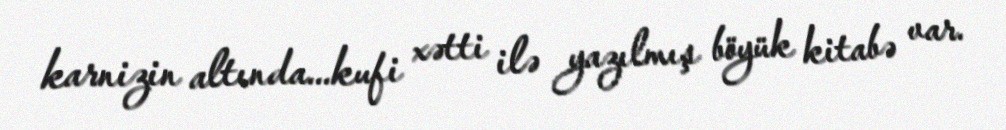
karnizin altında...kufi xətti ilə yazılmış böyük kitabə var.